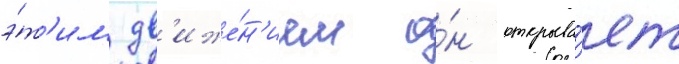
э́т'им дв'иже́н'ием о́н открыва́ет